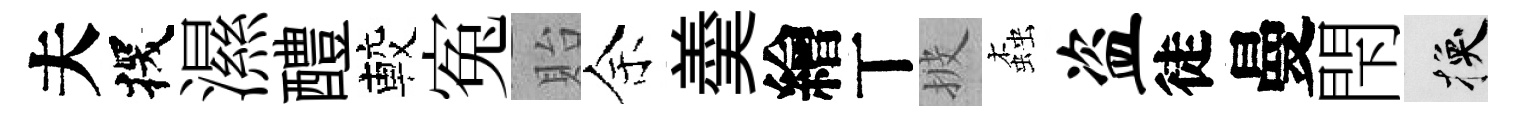
夫探濕醴較寃貽余羮繪丅披螙盗徒曼閇换